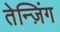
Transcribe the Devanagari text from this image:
तेन्ज़िंग